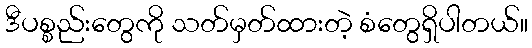
ဒီပစ္စည်းတွေကို သတ်မှတ်ထားတဲ့ စံတွေရှိပါတယ်။